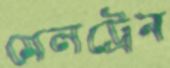
মেলট্রেন